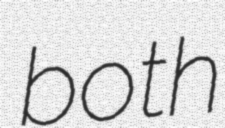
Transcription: both